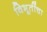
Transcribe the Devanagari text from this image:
विभूतींचा